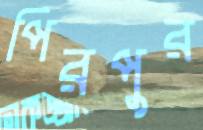
পিরপুর